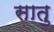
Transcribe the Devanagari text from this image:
सातु